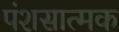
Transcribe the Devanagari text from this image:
पंशसात्मक